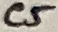
Text: C5